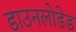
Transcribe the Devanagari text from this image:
डाउनलोडेड